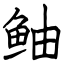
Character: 鲉